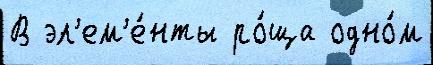
В эл'ем'е́нты ро́ща одно́м